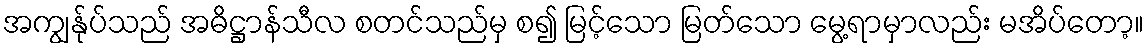
အကျွန်ုပ်သည် အဓိဋ္ဌာန်သီလ စတင်သည်မှ စ၍ မြင့်သော မြတ်သော မွေ့ရာမှာလည်း မအိပ်တော့။